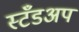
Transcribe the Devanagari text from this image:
स्टँडअप